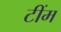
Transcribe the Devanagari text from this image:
टींम